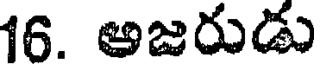
16. అజరుడు